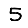
Digit: 5